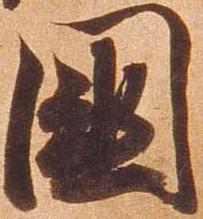
国